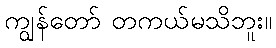
ကျွန်တော် တကယ်မသိဘူး။